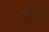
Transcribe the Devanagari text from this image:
रंगजी